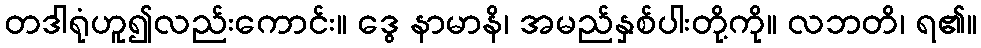
တဒါရုံဟူ၍လည်းကောင်း။ ဒွေ နာမာနိ၊ အမည်နှစ်ပါးတို့ကို။ လဘတိ၊ ရ၏။